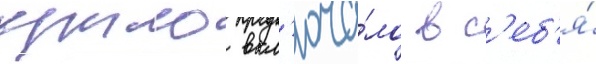
крыло вкл'юча́ло в с'еб'я́